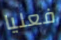
فعليا